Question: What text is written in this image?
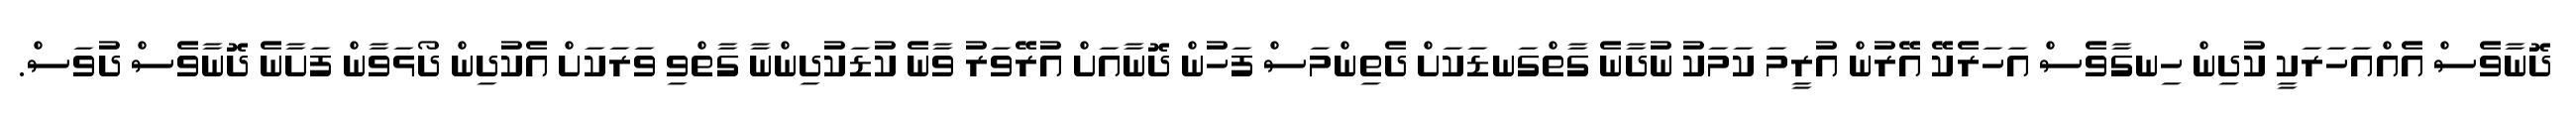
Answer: ދޮނާވެސް އެއްއަހަރަކީ ކުދިން ހިނގާވެސް އަހަރެކޭ އޭރުން އުރީމަ ކަމަކު ނުދާނެ ގާތްގަނޑަކަށް ދެތިންމަސް ފަހުން ދޮނާއަށް އުރޭވަރު ވާނެ ކުޑަކުދިންނާ ގާތްވި ވަރަކަށް އެކުދިން ދޯޅަވާން ފަށާނެ ދޮނާވެސް ދުވަސް.